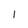
Character: I